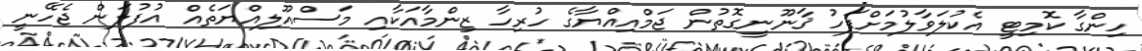
ހިންގާ ކޮމިޓީ އެކުލަވާލުމަށްފަހު ޤާނޫނީގޮތުން ޖަމްއިއްޔާގެ ހުރިހާ ޒިންމާއަކާއި މަސްއޫލިއްޔަތެއް އުފުލަން ޖެހޭނީ